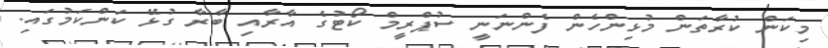
މިކަން ކުރާތަން މުޅިންހެން ފެންނަނީ ސުޕްރީމް ކޯޓުގެ އާރާއި ބާރާ ގުޅޭ ކަންކަމުގައި.